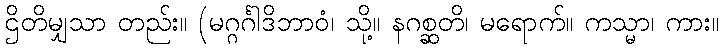
ဌိတိမျှသာ တည်း။ (မဂ္ဂင်္ဂါဒိဘာဝံ၊ သို့။ နဂစ္ဆတိ၊ မရောက်။ ကသ္မာ၊ ကား။